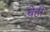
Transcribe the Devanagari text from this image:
बेही